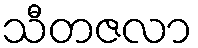
သီတဇလာ